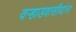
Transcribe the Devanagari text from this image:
वर्‍हाडवासीयांना